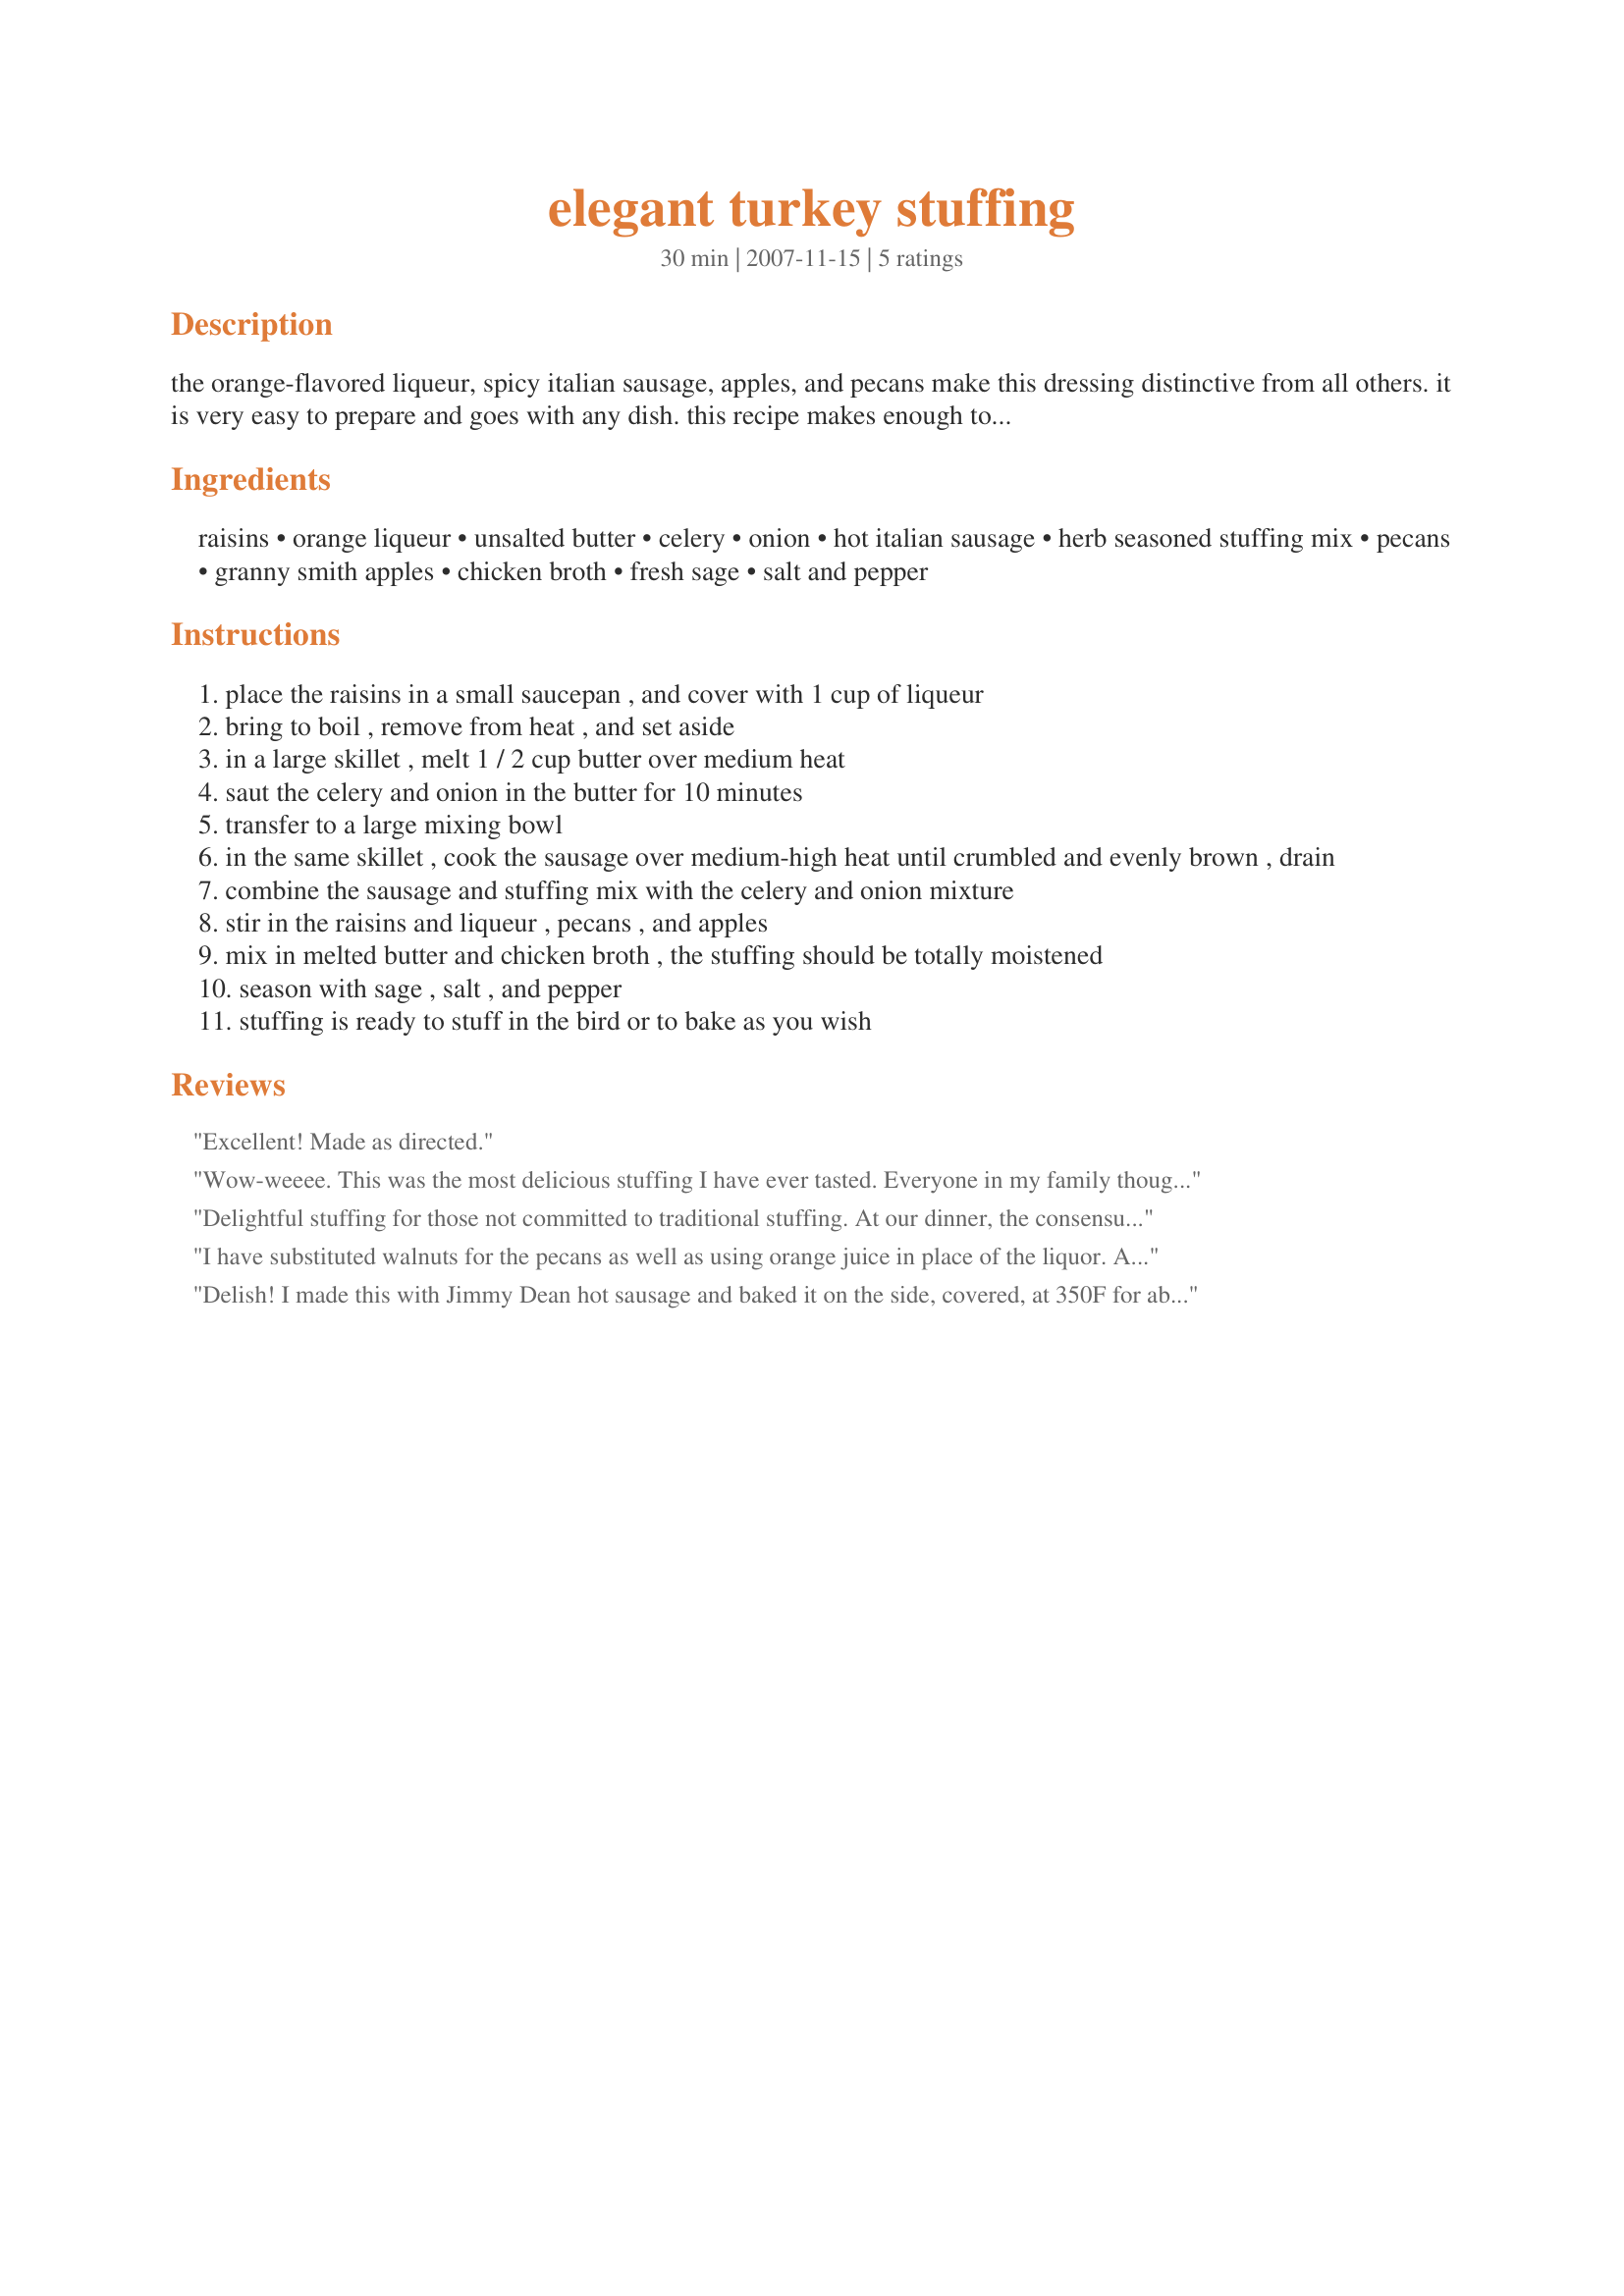
elegant turkey stuffing
Preparation time: 30 minutes

the orange-flavored liqueur, spicy italian sausage, apples, and pecans make this dressing distinctive from all others. it is very easy to prepare and goes with any dish. this recipe makes enough to stuff one 18 to 20 pound bird. if you prefer, this dressing can be made with thyme instead of sage. time is for making the stuffing only, it doesn't include the the time in the bird or oven baking as that varies so much.

Ingredients:
raisins, orange liqueur, unsalted butter, celery, onion, hot italian sausage, herb seasoned stuffing mix, pecans, granny smith apples, chicken broth, fresh sage, salt and pepper

Steps:
place the raisins in a small saucepan , and cover with 1 cup of liqueur
bring to boil , remove from heat , and set aside
in a large skillet , melt 1 / 2 cup butter over medium heat
saut the celery and onion in the butter for 10 minutes
transfer to a large mixing bowl
in the same skillet , cook the sausage over medium-high heat until crumbled and evenly brown , drain
combine the sausage and stuffing mix with the celery and onion mixture
stir in the raisins and liqueur , pecans , and apples
mix in melted butter and chicken broth , the stuffing should be totally moistened
season with sage , salt , and pepper
stuffing is ready to stuff in the bird or to bake as you wish

Reviews:
Excellent! Made as directed.
Wow-weeee. This was the most delicious stuffing I have ever tasted. Everyone in my family thought it was really good. The raisins, apples, pecans, and orange liqueur, I think, added added a very unique taste combination in this recipe and really dressed up the bread stuffing quite nicely. We will not wait for the holidays to have this again. Thanks for posting this gem of a recipe, Annacia!
Delightful stuffing for those not committed to traditional stuffing. At our dinner, the consensus was that more bread was needed, and the last 1/2 cup of orange liqueur should be replaced with chicken broth as the liqueur taste (Grand Marnier) was too pronounced, and detracted from the overall taste sensation. Oddly, everyone said the macerated raisins were plump and delicious and the liqueur did not overwhelm them. Next time I would use half hot Italian sausage and half mild Italian sausage. Made for Please Review My Recipe tag game.
I have substituted walnuts for the pecans as well as using orange juice in place of the liquor. Also, we don't use fresh herbs much so I checked the internet to find out how much dry sage to use compared to fresh. Word of warning - as the recipe indicates, this makes a LOT!

Note: This recipe comes from allrecipes. I have had it saved in my recipe box there since 2003.
Delish! I made this with Jimmy Dean hot sausage and baked it on the side, covered, at 350F for about 40 minutes. It came out very moist and was a real hit at our Thanksgiving dinner. It went really well with the apples in a waldorf salad and a grand marnier cranberry sauce. Thanks Annacia for a great stuffing that will be on our holiday table again and again.
